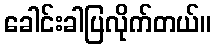
ခေါင်းခါပြလိုက်တယ်။